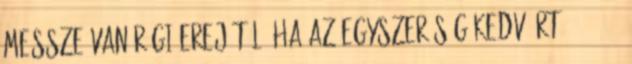
messze van régi erejétől. Ha az egyszerűség kedvéért 2000-2003